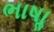
ભાષાૢ